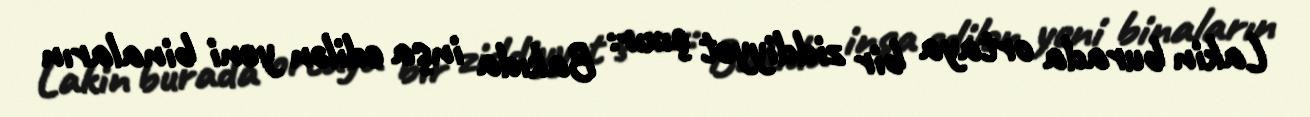
Lakin burada ortaya bir ziddiyyət çıxır: Bakıda inşa edilən yeni binaların